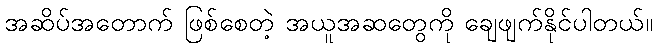
အဆိပ်အတောက် ဖြစ်စေတဲ့ အယူအဆတွေကို ချေဖျက်နိုင်ပါတယ်။